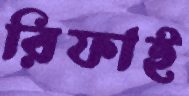
রিফাই